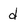
Character: d